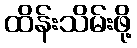
ထိန်းသိမ်းဖို့